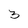
Character: 3